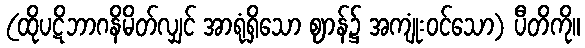
(ထိုပဋိဘာဂနိမိတ်လျှင် အာရုံရှိသော ဈာန်၌ အကျုံးဝင်သော) ပီတိကို။